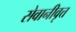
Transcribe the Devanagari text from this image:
सेवानीवृत्त